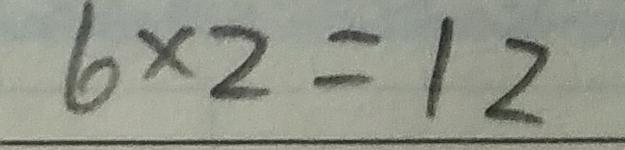
6 \times 2 = 1 2